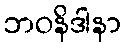
ဘဝနိဒါနာ